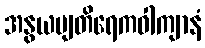
အနွယဗျတိရေကဝါကျာနံ